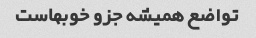
تواضع همیشه جزو خوبهاست